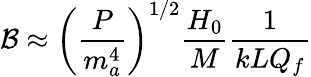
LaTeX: \mathcal{B}\approx\left(\frac{{P}}{{m_{a}^{4}}}\right)^{1/2}\frac{{H_{0}}}{{M}}\frac{{1}}{{kLQ_{f}}}